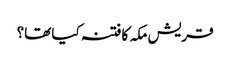
قریش مکہ کا فتنہ کیا تھا؟